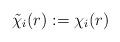
LaTeX: \begin{align*} \tilde\chi_i(r) := \chi_i(r)\end{align*}